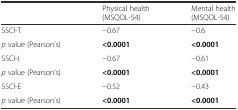
<table><thead><tr><td></td><td><b>Physical health (MSQOL-54)</b></td><td><b>Mental health (MSQOL-54)</b></td></tr></thead><tbody><tr><td>SSCI-T</td><td>−0.67</td><td>−0.6</td></tr><tr><td><i>p</i> value (Pearson’s)</td><td><b>&lt;0.0001</b></td><td><b>&lt;0.0001</b></td></tr><tr><td>SSCI-I</td><td>−0.67</td><td>−0.61</td></tr><tr><td><i>p</i> value (Pearson’s)</td><td><b>&lt;0.0001</b></td><td><b>&lt;0.0001</b></td></tr><tr><td>SSCI-E</td><td>−0.52</td><td>−0.43</td></tr><tr><td><i>p</i> value (Pearson’s)</td><td><b>&lt;0.0001</b></td><td><b>&lt;0.0001</b></td></tr></tbody></table>